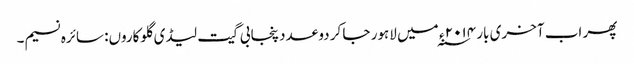
پھر اب آخری بار ۲۰۱۴ ء ؁ میں لاہور جا کر دو عدد پنجابی گیت لیڈی گلوکاروں: سائرہ نسیم۔